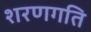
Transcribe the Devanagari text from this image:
शरणगति